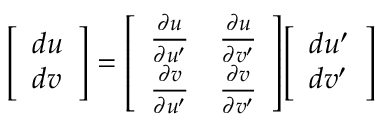
{ \left[ \begin{array} { l } { d u } \\ { d v } \end{array} \right] } = { \left[ \begin{array} { l l } { { \frac { \partial u } { \partial u ^ { \prime } } } } & { { \frac { \partial u } { \partial v ^ { \prime } } } } \\ { { \frac { \partial v } { \partial u ^ { \prime } } } } & { { \frac { \partial v } { \partial v ^ { \prime } } } } \end{array} \right] } { \left[ \begin{array} { l } { d u ^ { \prime } } \\ { d v ^ { \prime } } \end{array} \right] }